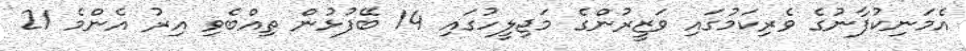
އެމަނިކުފާނުގެ ވެރިކަމުގައި ވަޒީރުންގެ މަޖިލީހުގައި 14 ބޭފުޅުން ތިއްބެވި އިރު އެންމެ 21